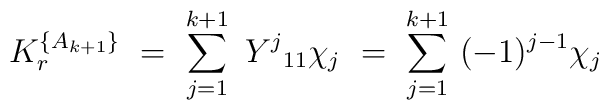
K_r^{\{A_{k+1}\}} \ = \ \sum_{j=1}^{k+1} \  {{Y}^j}_{11}  \chi_j \ = \ \sum_{j=1}^{k+1} \  (-1)^{j-1}  \chi_j